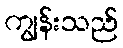
ကျွန်းသည်